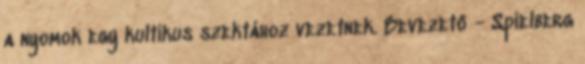
a nyomok egy kultikus szektához vezetnek. Bevezető - Spielberg